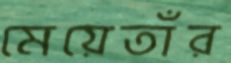
মেয়েতাঁর